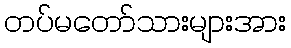
တပ်မတော်သားများအား